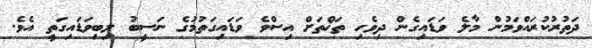
ދަތުރުކުރައްވަމުން މާލެ ވަޑައިގެން ދިވެހި ތަޚްތަށް އިސްވެ ވަޑައިގަތުމުގެ ނަސީބު ލިބިވަޑައިގަތީ އެވެ.